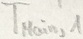
Text: TMain,1